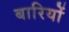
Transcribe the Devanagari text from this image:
बारियों